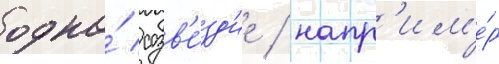
одно́ созв'е́зд'ие / напр'им'е́р